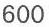
600